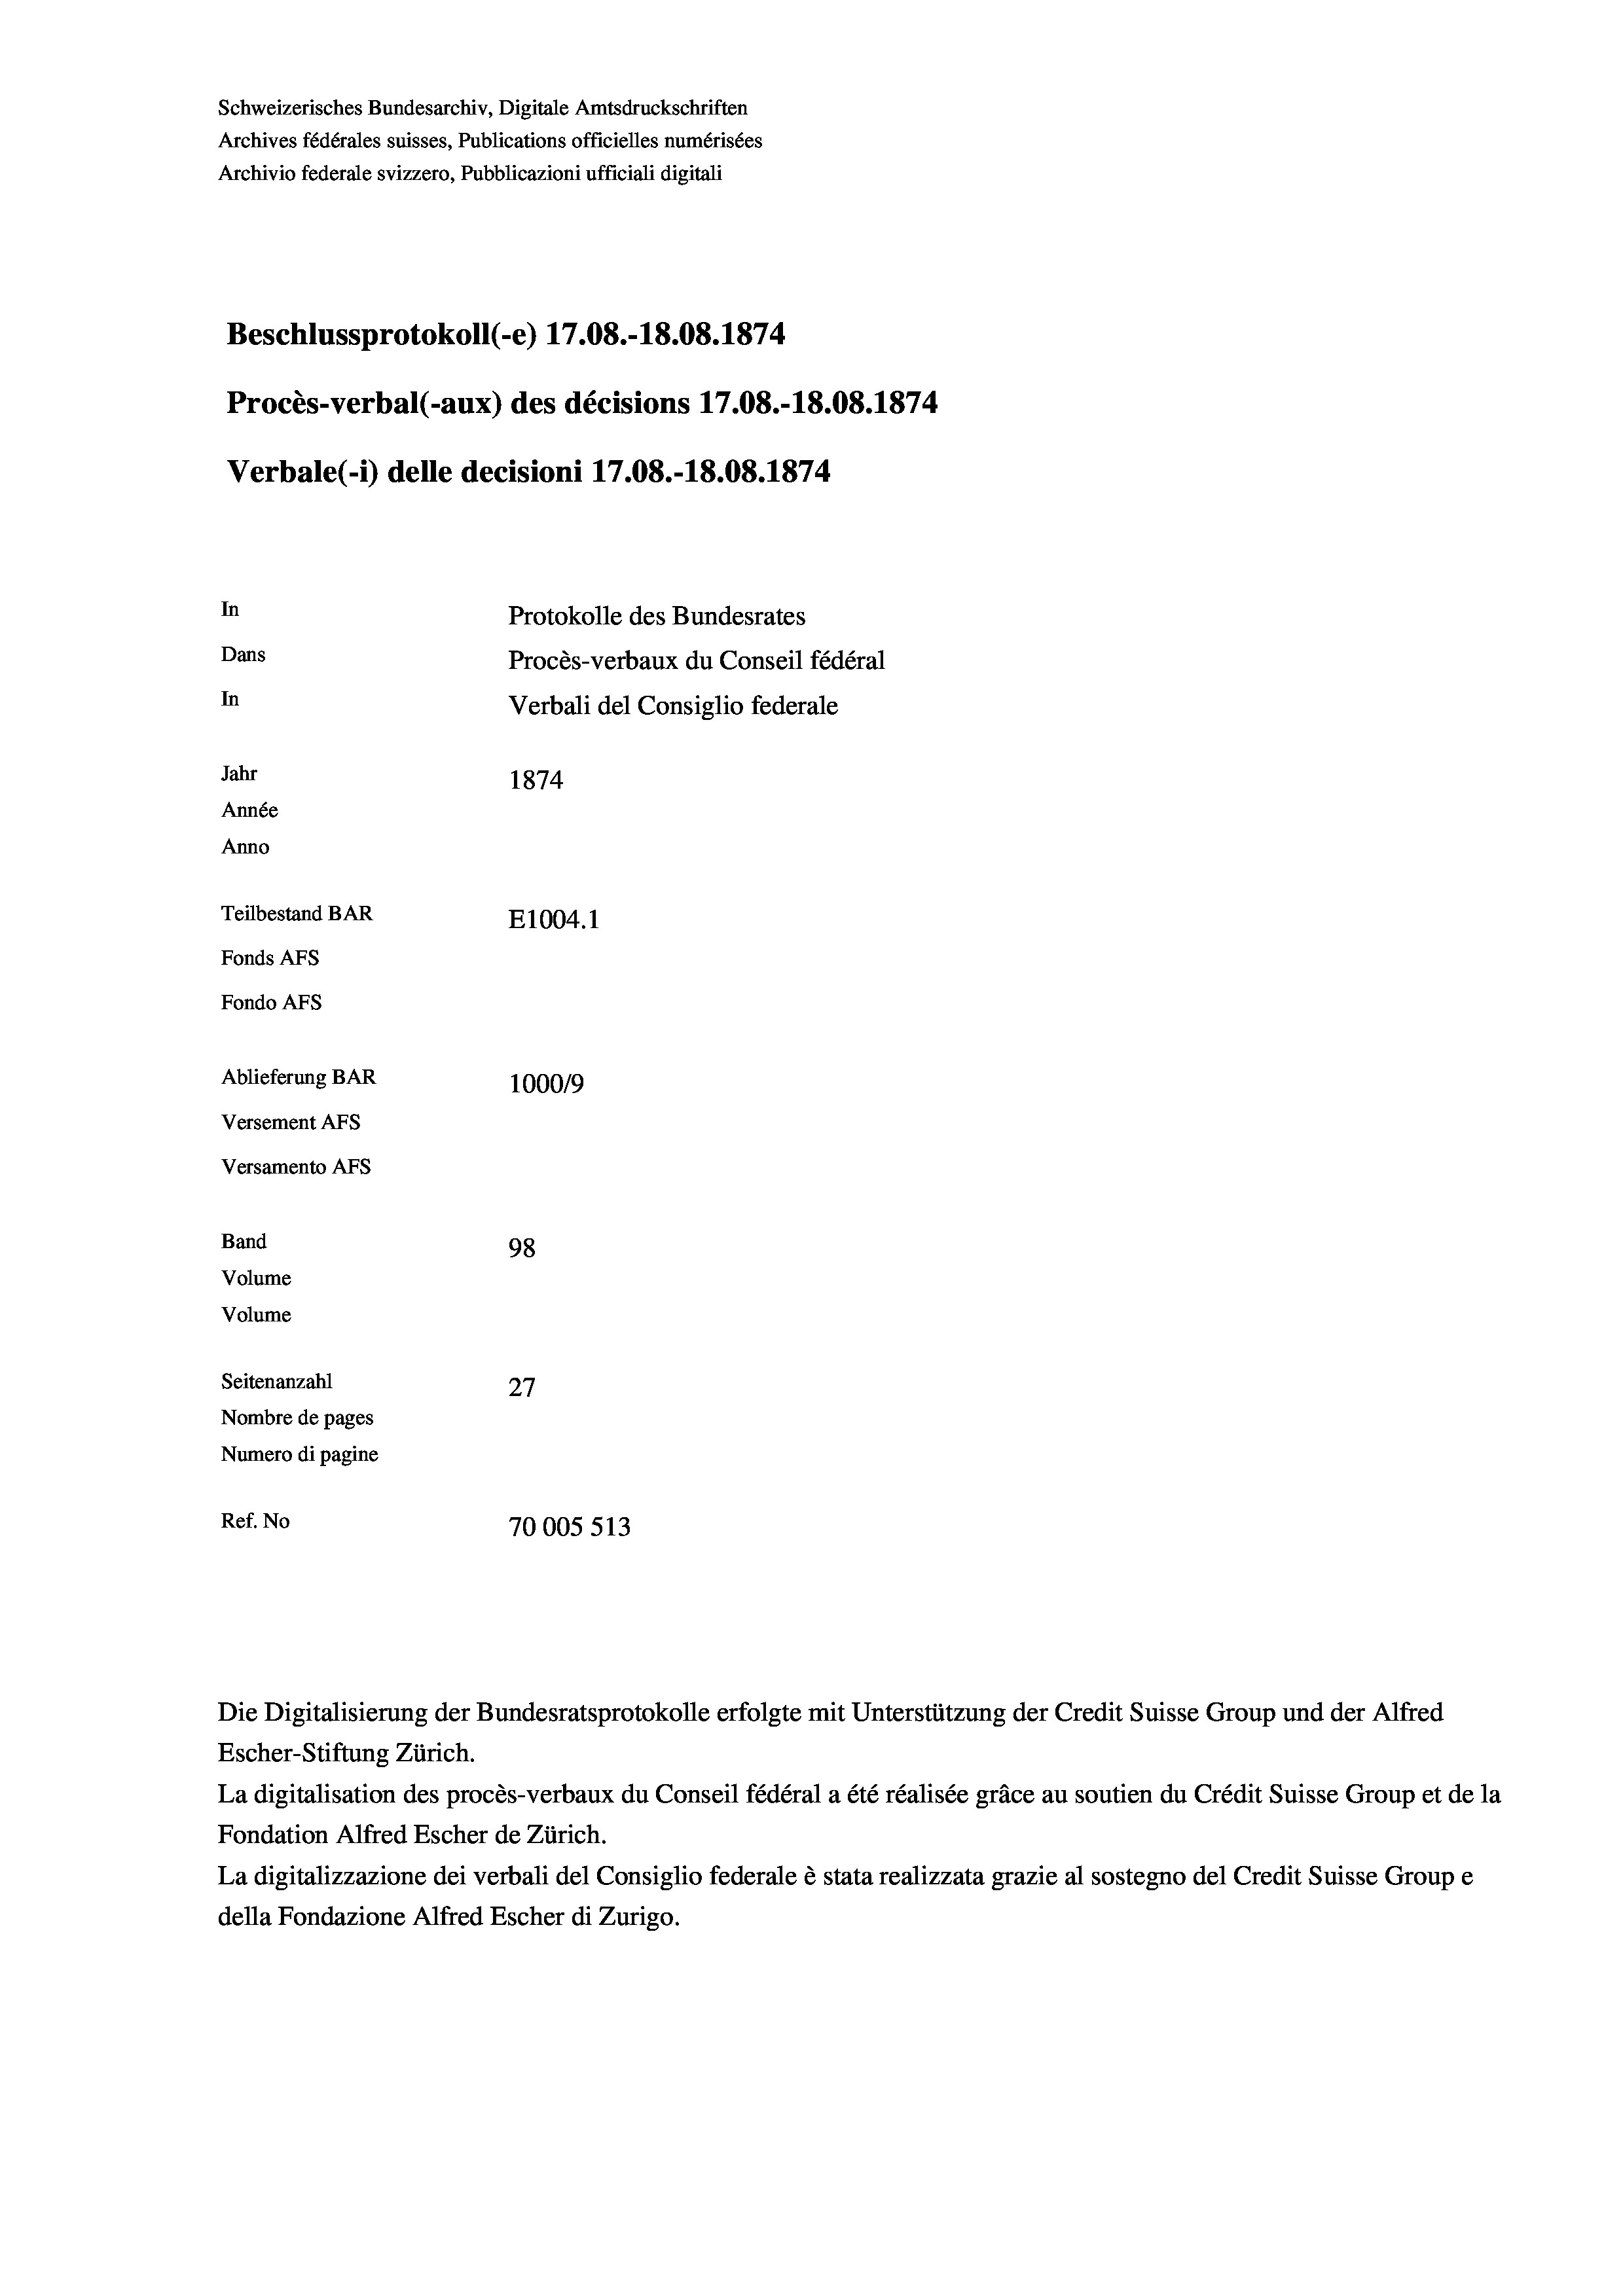
Schweizerisches Bundesarchiv, Digitale Amtsdruckschriften
Archives fédérales suisses, Publications officielles numérisées
Archivio federale svizzero, Pubblicazioni ufficiali digitali
Beschlussprotokoll (-e) 17.08.-18.08. 1874
Procès-verbal (-aux) des décisions 17.08.-18.08. 1874
Verbale(-*) delle decisioni 17.08.-18.08. 1874
In
Protokolle des Bundesrates
Dans
Procès-verbaux du Conseil fédéral
In
Verbali del Consiglio federale
Jahr
1874
Année
Anno
Teilbestand BAR
E1004. 1
Fonds AFs
Fondo Afs
Ablieferung BAR
1000/9
Versement AFs
Versamento AFs
Band
98
Volume
Volume
Seitenanzahl
.
27
Nombre de pages
Numero di pagine
Ref. No
70005 513

Die Digitalisierung der Bundesratsprotokolle erfolgte mit Unterstützung der Credit Suisse Group und der Alfred
Escher-Stiftung Zürich.
La digitalisation des procès-verbaux du Conseil fédéral a été réalisée gräce au soutien du Crédit Suisse Group et de la
Fondation Alfred Escher de Zürich.
La digitalizzazione dei verbali del Consiglio federale è stata realizzata grazie al sostegno del Credit Suisse Groupe
della Fondazione Alfred Escher di Zurigo.